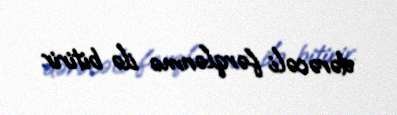
dərəcəli fərqlənmə ilə bitirir.